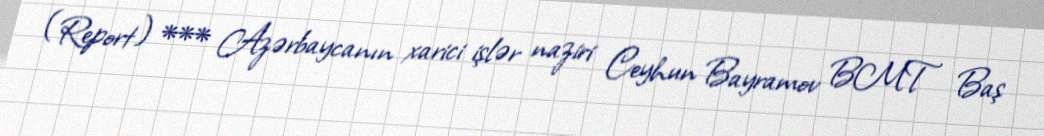
(Report) *** Azərbaycanın xarici işlər naziri Ceyhun Bayramov BMT Baş